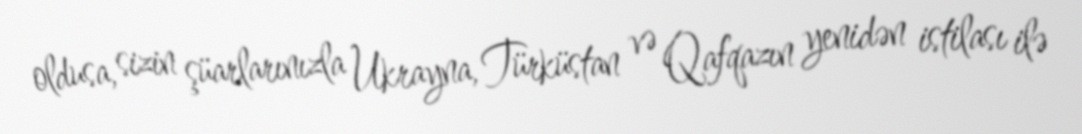
oldusa, sizin şüarlarınızla Ukrayna, Türküstan və Qafqazın yenidən istilası ilə